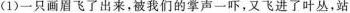
(1)一只画眉飞了出来，被我们的掌声一吓，又飞进了叶丛，站